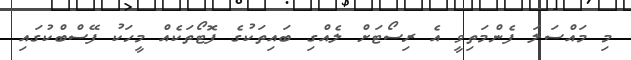
މި މައްސަލަ ފެންމަތިވީ އެ ރިސޯޓަށް ލެއްގި ބައިތަކުގެ ފޮޓޯތަކެއް މީހަކު ފޭސްބްކުގައި